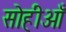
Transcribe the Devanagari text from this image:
सोहीआँ